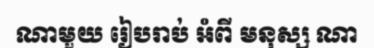
ណាមួយ រៀបរាប់ អំពី មនុស្ស ណា